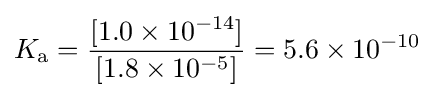
K_{\mathrm {a} }={\frac {[1.0\times 10^{-14}]}{[1.8\times 10^{-5}]}}={5.6}\times 10^{-10}